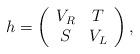
\begin{align*}h = \left( \begin{array}{cc} V_R & T \\ S & V_L \end{array} \right),\end{align*}